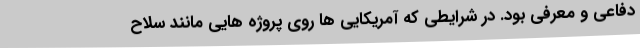
دفاعی و معرفی بود. در شرایطی که آمریکایی ها روی پروژه هایی مانند سلاح